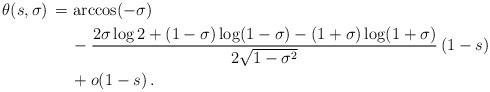
LaTeX: \begin{align*}\theta(s,\sigma)\,=\,&\arccos(-\sigma)\\ &-\frac{2\sigma\log 2+(1-\sigma)\log(1-\sigma)-(1+\sigma)\log(1+\sigma)}{2\sqrt{1-\sigma^2}}\,(1-s)\\ &+o(1-s)\,.\end{align*}